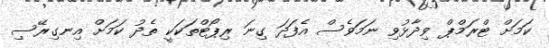
ކަމަށް ޓްރަމްޕް ވިދާޅުވި ނަމަވެސް އެފަދަ ގިނަ ރިޕޯޓްތަކަކީ ތެދު ކަމަށް އިނގިރޭސި